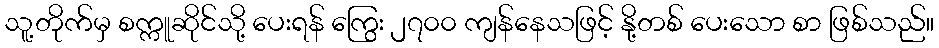
သူ့တိုက်မှ စက္ကူဆိုင်သို့ ပေးရန် ကြွေး ၂၇၀၀ ကျန်နေသဖြင့် နို့တစ် ပေးသော စာ ဖြစ်သည်။